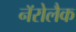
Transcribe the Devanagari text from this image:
नॅरोलैक